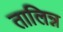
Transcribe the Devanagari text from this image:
तालिन्न